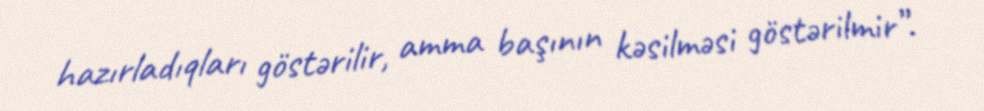
hazırladıqları göstərilir, amma başının kəsilməsi göstərilmir”.